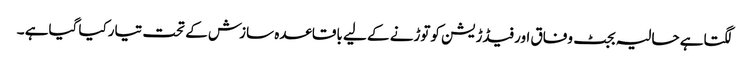
لگتاہے حالیہ بجٹ وفاق اورفیڈڑیشن کوتوڑنے کے لیے باقاعدہ سازش کے تحت تیارکیا گیاہے ۔